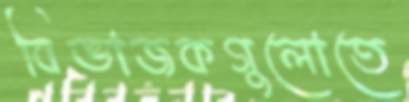
বিভাজকগুলোতে